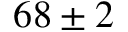
6 8 \pm 2